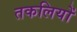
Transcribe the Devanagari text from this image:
तकलियों